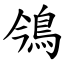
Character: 鳹